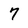
Character: 7